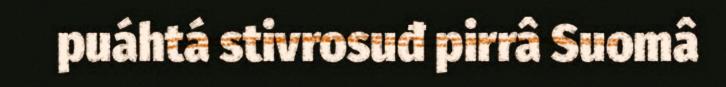
puáhtá stivrosuđ pirrâ Suomâ